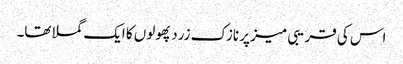
اس کی قریبی میز پر نازک زرد پھولوں کا ایک گملا تھا۔